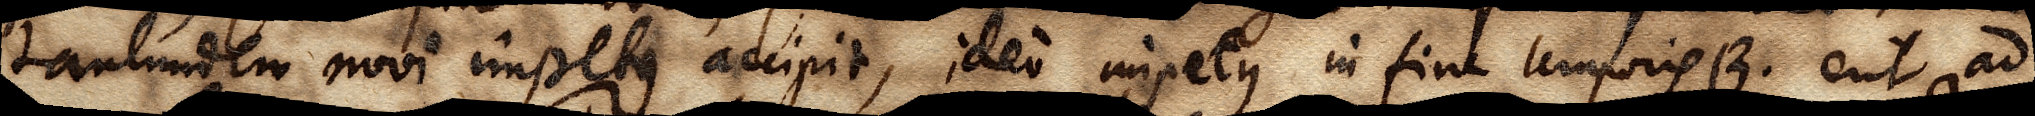
tantundem novi impetus accipit, ideo impetus in fine temporis B erit ad